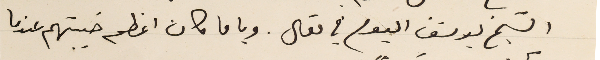
الشيخ يوسف اليوم في مقال. ويا ما كان اعظم خيبتهم عندما